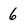
Character: 6